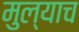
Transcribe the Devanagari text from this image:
मुल्याच